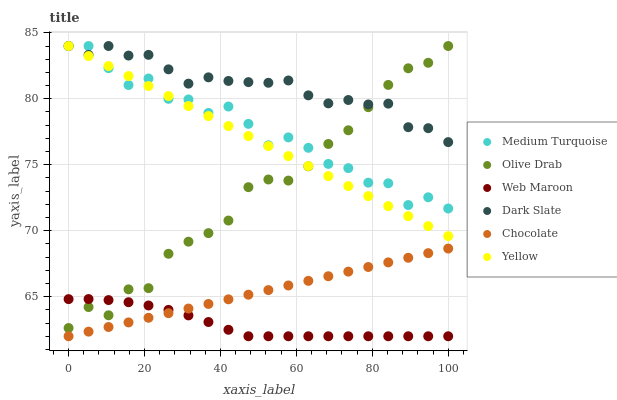
| xaxis_label | Medium Turquoise | Olive Drab | Web Maroon | Dark Slate | Chocolate | Yellow |
 | --- | --- | --- | --- | --- | --- | --- |
 | 0 | 84 | 62.6 | 64.8 | 84 | 62 | 84 |
 | 5.26 | 84 | 64.2 | 64.8 | 83.3 | 62.3 | 83.2 |
 | 10.5 | 82.3 | 63.6 | 64.7 | 84 | 62.7 | 82.5 |
 | 15.8 | 81 | 65.6 | 64.6 | 83.3 | 63 | 81.7 |
 | 21.1 | 81.5 | 65.6 | 64.3 | 83.3 | 63.4 | 81 |
 | 26.3 | 80 | 68.3 | 64 | 82.2 | 63.7 | 80.2 |
 | 31.6 | 80 | 69.2 | 63.6 | 81.1 | 64.1 | 79.4 |
 | 36.8 | 78.9 | 69.8 | 63.1 | 81.6 | 64.4 | 78.7 |
 | 42.1 | 79.4 | 70.8 | 62.5 | 81.4 | 64.8 | 77.9 |
 | 47.4 | 78.1 | 73.3 | 62 | 81.3 | 65.1 | 77.2 |
 | 52.6 | 76.5 | 73.9 | 62 | 81.2 | 65.5 | 76.4 |
 | 57.9 | 77.1 | 73.8 | 62 | 81.4 | 65.8 | 75.7 |
 | 63.2 | 76.3 | 74.9 | 62 | 80.3 | 66.2 | 74.9 |
 | 68.4 | 75.1 | 76.6 | 62 | 79.7 | 66.5 | 74.1 |
 | 73.7 | 74.7 | 77.6 | 62 | 79.9 | 66.9 | 73.4 |
 | 78.9 | 73.6 | 79.4 | 62 | 79.6 | 67.2 | 72.6 |
 | 84.2 | 73.6 | 81.1 | 62 | 79.6 | 67.6 | 71.9 |
 | 89.5 | 71.9 | 82.3 | 62 | 77.8 | 67.9 | 71.1 |
 | 94.7 | 72.5 | 82.7 | 62 | 77.8 | 68.3 | 70.3 |
 | 100 | 71.7 | 84 | 62 | 76.7 | 68.6 | 69.6 |